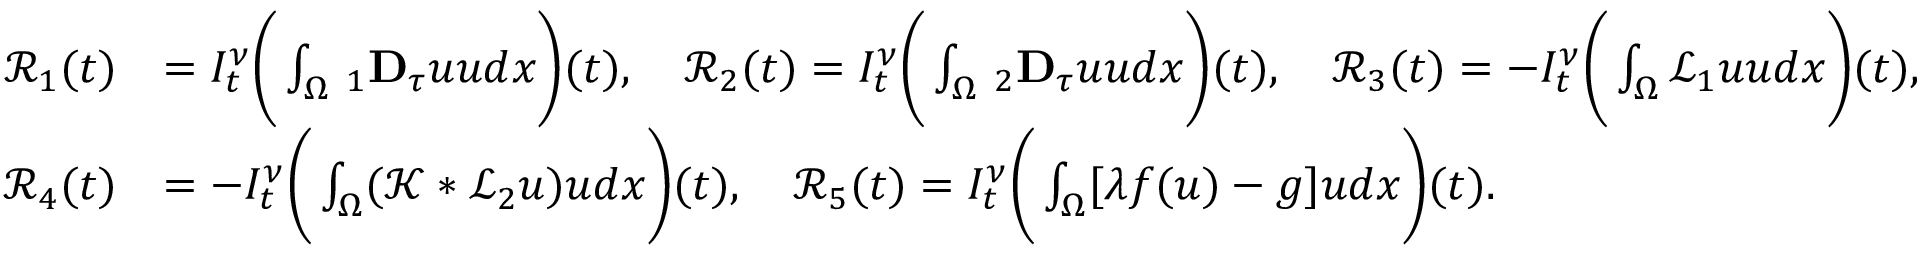
\begin{array} { r l } { \mathcal { R } _ { 1 } ( t ) } & { = I _ { t } ^ { \nu } \bigg ( \int _ { \Omega } \, _ { 1 } \mathbf { D } _ { \tau } u u d x \bigg ) ( t ) , \quad \mathcal { R } _ { 2 } ( t ) = I _ { t } ^ { \nu } \bigg ( \int _ { \Omega } \, _ { 2 } \mathbf { D } _ { \tau } u u d x \bigg ) ( t ) , \quad \mathcal { R } _ { 3 } ( t ) = - I _ { t } ^ { \nu } \bigg ( \int _ { \Omega } \mathcal { L } _ { 1 } u u d x \bigg ) ( t ) , } \\ { \mathcal { R } _ { 4 } ( t ) } & { = - I _ { t } ^ { \nu } \bigg ( \int _ { \Omega } ( \mathcal { K } * \mathcal { L } _ { 2 } u ) u d x \bigg ) ( t ) , \quad \mathcal { R } _ { 5 } ( t ) = I _ { t } ^ { \nu } \bigg ( \int _ { \Omega } [ \lambda f ( u ) - g ] u d x \bigg ) ( t ) . } \end{array}